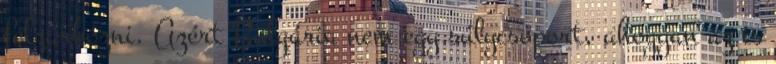
felzárkózni. Azért Bulgária nem egy súlycsoport, ahogyan az is